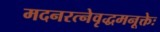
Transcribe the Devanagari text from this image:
मदनरत्नेवृद्धमनूक्तेः